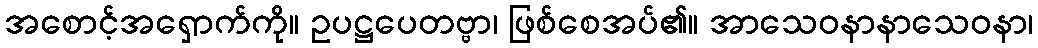
အစောင့်အရှောက်ကို။ ဥပဋ္ဌပေတဗ္ဗာ၊ ဖြစ်စေအပ်၏။ အာသေဝနာနာသေဝနာ၊